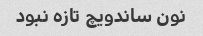
نون ساندویچ تازه نبود